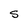
Character: S